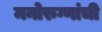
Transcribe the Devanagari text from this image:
मनोरुग्णांची